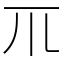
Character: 𥘅